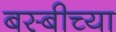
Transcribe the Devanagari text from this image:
बस्बीच्या